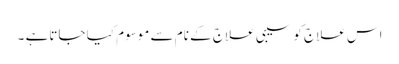
اس علاج کو سیبی علاج کے نام سے موسوم کیا جاتاہے ۔